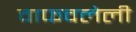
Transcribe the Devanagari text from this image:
वाफवलेली